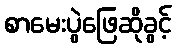
စာမေးပွဲဖြေဆိုခွင့်